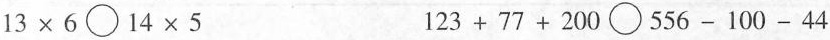
$$1 3 \times 6 \bigcirc 1 4 \times 5$$ $$1 2 3 + 7 7 + 2 0 0 \bigcirc 5 5 6 - 1 0 0 - 4 4$$